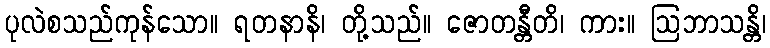
ပုလဲစသည်ကုန်သော။ ရတနာနိ၊ တို့သည်။ ဇောတန္တီတိ၊ ကား။ ဩဘာသန္တိ၊